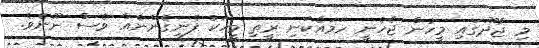
މި ޖާދޫގައި މީހުން ޖެހެނީ ހަމައެކަނި ރީތި މީހަކު ފެނިގެންނެއް ވެސް ނޫނެވެ.